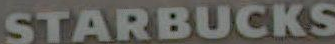
STARBUCKS